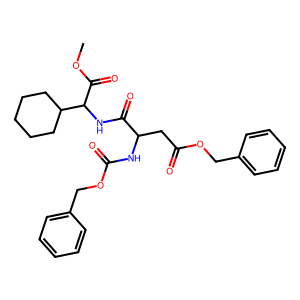
SMILES: COC(=O)C(NC(=O)C(CC(=O)OCc1ccccc1)NC(=O)OCc1ccccc1)C1CCCCC1
Inhibits HIV replication: No